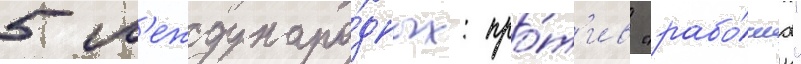
5 м'еждунаро́дных: про́т'ив "рабо́чих"